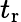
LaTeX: t_{\mathrm{r}}